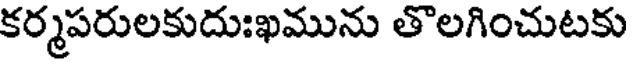
కర్మపరులకుదుఃఖమును తొలగించుటకు